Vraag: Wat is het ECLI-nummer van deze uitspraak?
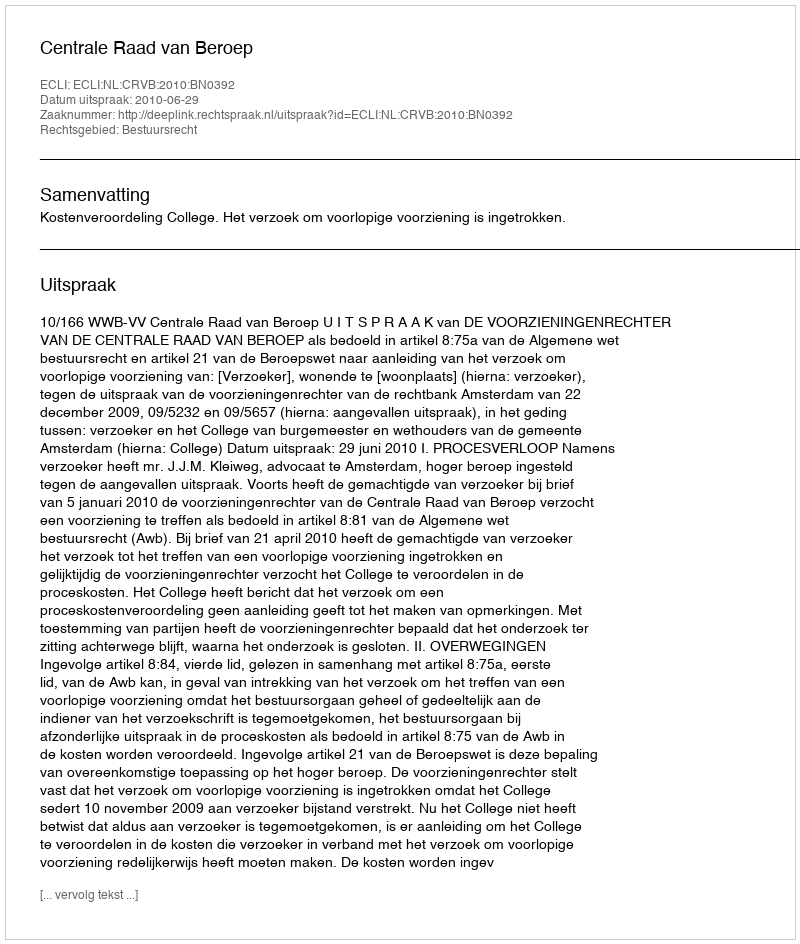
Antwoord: ECLI:NL:CRVB:2010:BN0392